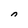
Character: n